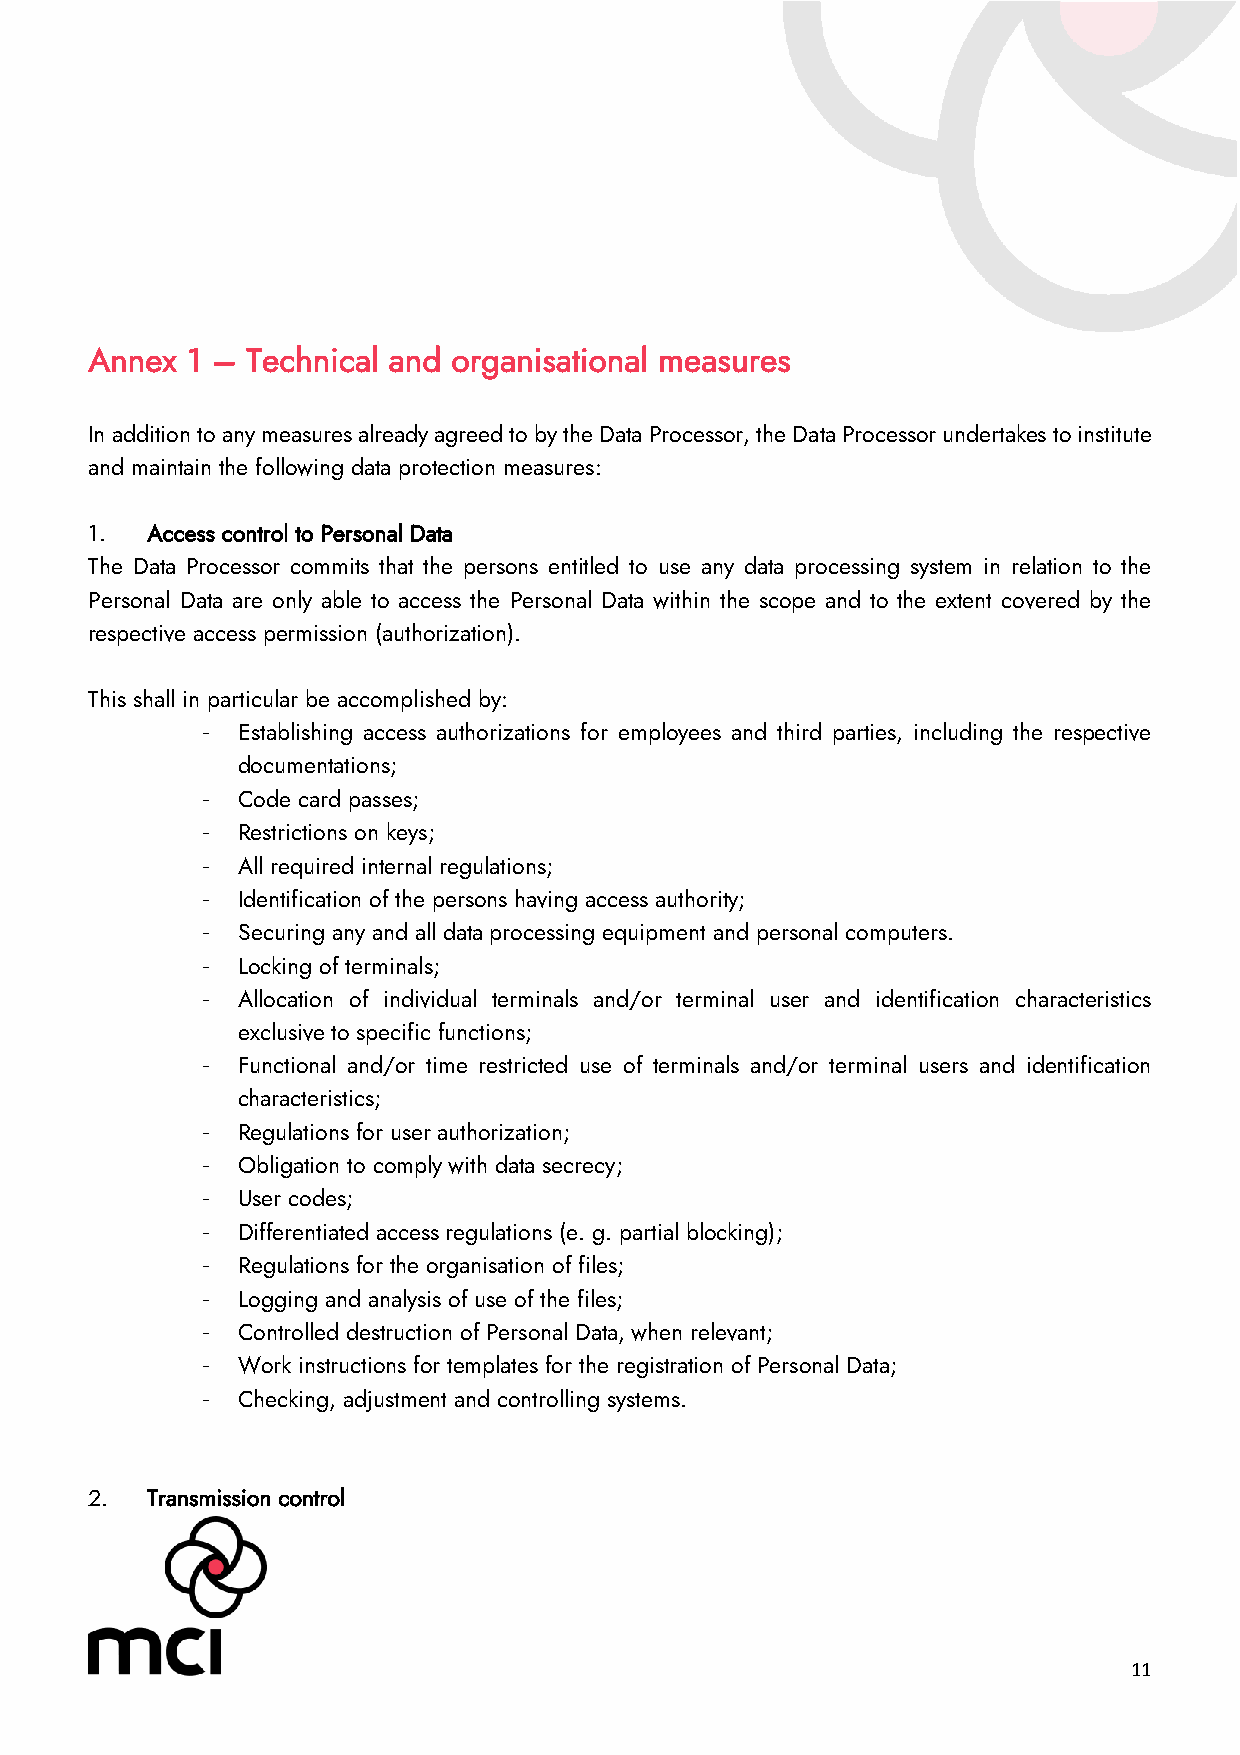
Annex 1 – Technical and organisational measures
 In addition to any measures already agreed to by the Data Processor, the Data Processor undertakes to institute
 and maintain the following data protection measures:
 1.  Access control to Personal Data
 The Data Processor commits that the persons entitled to use any data processing system in relation to the
 Personal Data are only able to access the Personal Data within the scope and to the extent covered by the
 respective access permission (authorization).
 This shall in particular be accomplished by:
 -  Establishing access authorizations for employees and third parties, including the respective
 documentations;
 -  Code card passes;
 -  Restrictions on keys;
 -  All required internal regulations;
 -  Identification of the persons having access authority;
 -  Securing any and all data processing equipment and personal computers.
 -  Locking of terminals;
 -  Allocation of individual terminals and/or terminal user and identification characteristics
 exclusive to specific functions;
 -  Functional and/or time restricted use of terminals and/or terminal users and identification
 characteristics;
 -  Regulations for user authorization;
 -  Obligation to comply with data secrecy;
 -  User codes;
 -  Differentiated access regulations (e. g. partial blocking);
 -  Regulations for the organisation of files;
 -  Logging and analysis of use of the files;
 -  Controlled destruction of Personal Data, when relevant;
 -  Work instructions for templates for the registration of Personal Data;
 -  Checking, adjustment and controlling systems.
 2.  Transmission control
 11